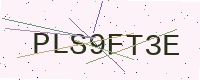
Text: PLS9FT3E